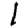
Digit: 1